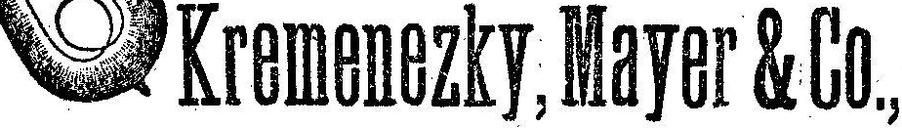
Kremenezky, Mayer & Co.,